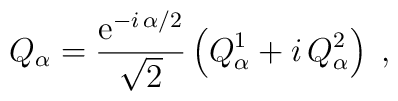
Q_\alpha=\frac{{\rm e}^{-i\,\alpha/2}}{\sqrt{2}}\left(Q^1_\alpha + i\,Q^2_\alpha\right)\;,